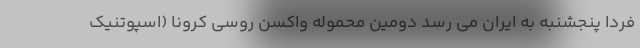
فردا پنجشنبه به ایران می رسد دومین محموله واکسن روسی کرونا (اسپوتنیک